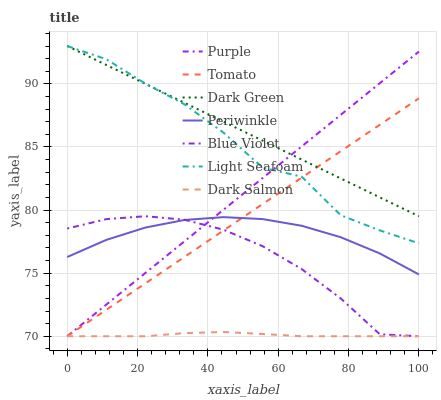
| xaxis_label | Purple | Tomato | Dark Green | Periwinkle | Blue Violet | Light Seafoam | Dark Salmon |
 | --- | --- | --- | --- | --- | --- | --- | --- |
 | 0 | 70 | 70 | 93 | 76.3 | 78.5 | 93 | 70 |
 | 11.1 | 72.5 | 72.1 | 91.5 | 77.6 | 79.3 | 92 | 70 |
 | 22.2 | 75 | 74.2 | 90 | 78.6 | 79.5 | 90 | 70 |
 | 33.3 | 77.5 | 76.3 | 88.5 | 79.2 | 79.2 | 88.4 | 70.2 |
 | 44.4 | 80 | 78.4 | 87 | 79.4 | 78.4 | 86.1 | 70.3 |
 | 55.6 | 82.5 | 80.5 | 85.5 | 79.3 | 77.1 | 83.4 | 70.2 |
 | 66.7 | 85 | 82.6 | 84 | 78.8 | 75.3 | 82.6 | 70 |
 | 77.8 | 87.5 | 84.7 | 82.5 | 77.8 | 73 | 79.6 | 70 |
 | 88.9 | 90.1 | 86.8 | 81 | 76.6 | 70.2 | 78.4 | 70 |
 | 100 | 92.6 | 88.9 | 79.5 | 74.9 | 70 | 77.4 | 70 |